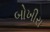
બોખીરા